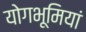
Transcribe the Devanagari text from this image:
योगभूमियां